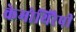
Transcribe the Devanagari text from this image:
केमोथिरैपी